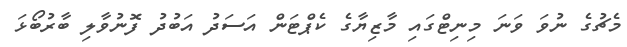
މެޗުގެ ނުވަ ވަނަ މިނިޓްގައި މާޒިޔާގެ ކެޕްޓަން އަސަދު އަބުދު ފޮނުވާލި ބާރުބޯޅަ